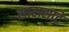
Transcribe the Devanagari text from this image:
सारासाटे